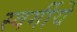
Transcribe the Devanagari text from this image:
स्वर्गीये